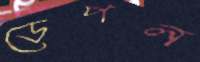
ডেপল